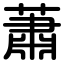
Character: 蕭